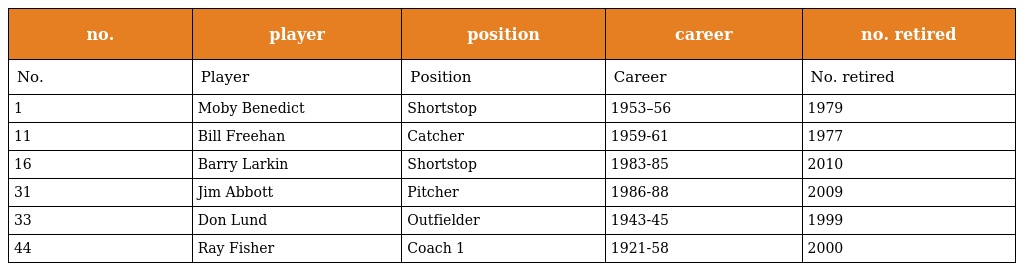
| no. | player | position | career | no. retired |
 | --- | --- | --- | --- | --- |
 | No. | Player | Position | Career | No. retired |
 | 1 | Moby Benedict | Shortstop | 1953–56 | 1979 |
 | 11 | Bill Freehan | Catcher | 1959-61 | 1977 |
 | 16 | Barry Larkin | Shortstop | 1983-85 | 2010 |
 | 31 | Jim Abbott | Pitcher | 1986-88 | 2009 |
 | 33 | Don Lund | Outfielder | 1943-45 | 1999 |
 | 44 | Ray Fisher | Coach 1 | 1921-58 | 2000 |